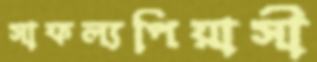
সাফল্যপিয়াসী